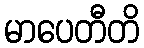
မာပေတီတိ